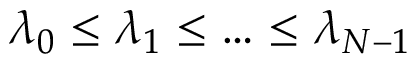
\lambda _ { 0 } \le \lambda _ { 1 } \le \dots \le \lambda _ { N - 1 }